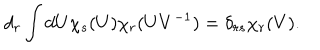
d _ { r } \int d U \chi _ { s } ( U ) \chi _ { r } ( U { V ^ { - 1 } } ) = \delta _ { r s } \chi _ { r } ( V ) .